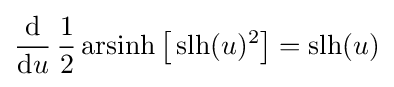
{\frac {\mathrm {d} }{\mathrm {d} u}}\,{\frac {1}{2}}\operatorname {arsinh} {\bigl [}\operatorname {slh} (u)^{2}{\bigr ]}=\operatorname {slh} (u)